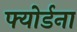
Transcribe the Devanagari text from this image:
फ्योर्डना